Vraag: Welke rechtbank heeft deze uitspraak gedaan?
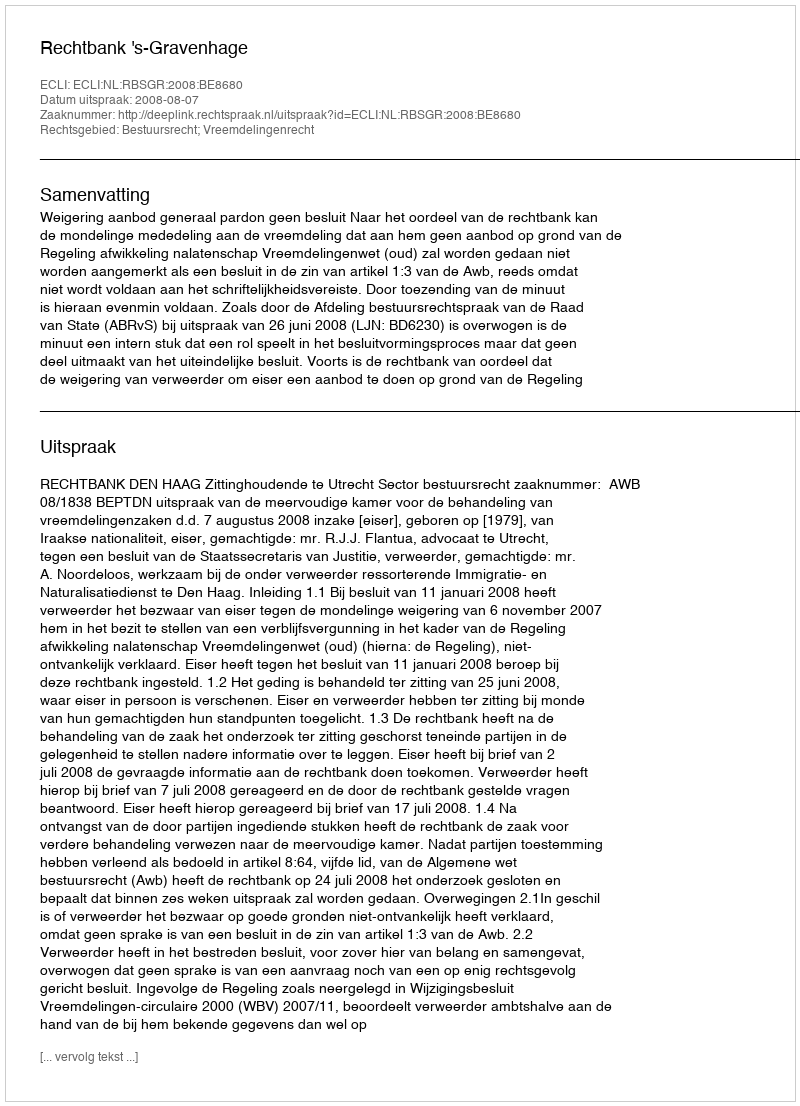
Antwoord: Rechtbank 's-Gravenhage